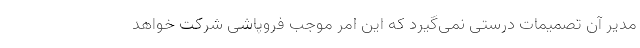
مدیر آن تصمیمات درستی نمی‌گیرد که این امر موجب فروپاشی شرکت خواهد